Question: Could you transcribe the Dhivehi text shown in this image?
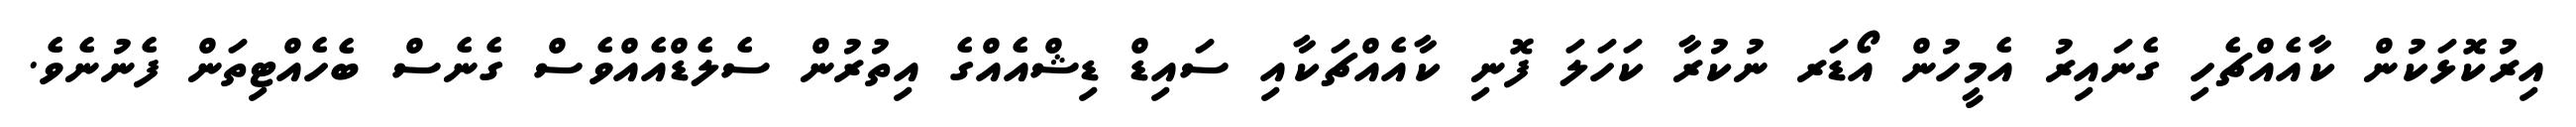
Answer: އިރުކޮޅަކުން ކާއެއްޗެހި ގެނައިރު އެމީހުން އޯޑަރ ނުކުރާ ކަހަލަ ފޮނި ކާއެއްޗަކާއި ސައިޑް ޑިޝްއެއްގެ އިތުރުން ސެލެޑްއެއްވެސް ގެނެސް ބެހެއްޓިތަން ފެނުނެވެ.